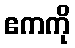
ဧကကို